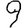
Digit: 9